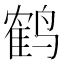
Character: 鹤